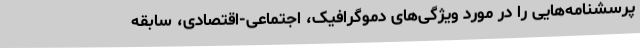
پرسشنامه‌هایی را در مورد ویژگی‌های دموگرافیک، اجتماعی-اقتصادی، سابقه